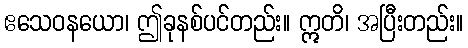
ဧသေဝနယော၊ ဤခုနစ်ပင်တည်း။ ဣတိ၊ အပြီးတည်း။